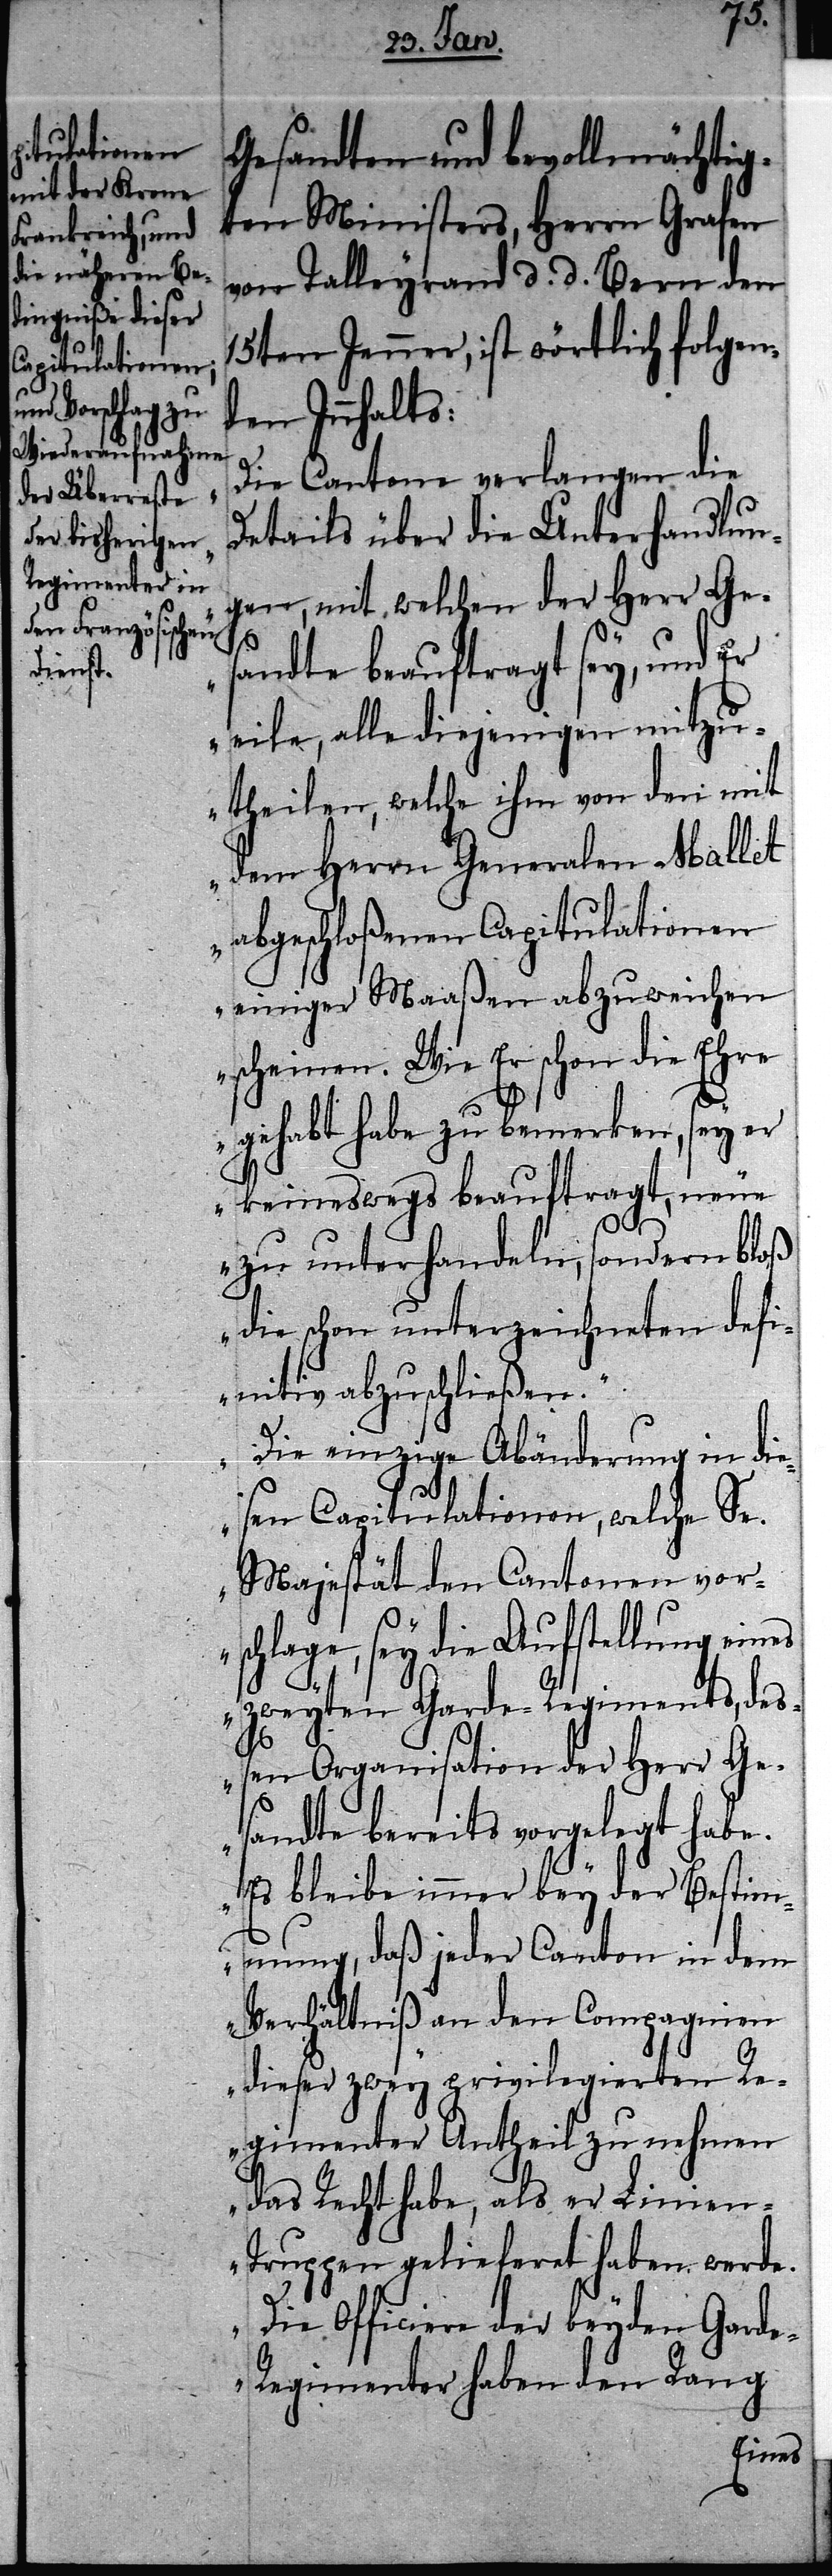
Gesandten und bevollmächtig¬
ten Ministers, Herrn Grafen
von Talleyrand d. d. Bern den
15ten Jenner, ist wörtlich folgen¬
den Innhalts:
„Die Cantone verlangen die
Details über die Unterhandlun¬
gen, mit welchen der Herr Ges¬
andte beauftragt sey, und Er
eile, alle diejenigen mitzu¬
theilen, welche ihm von den mit
dem Herrn Generalen Mallet
abgeschloßenen Capitulationen
einiger Maaßen abzuweichen
scheinen. Wie Er schon die Ehre
gehabt habe zu bemerken, sey er
keineswegs beauftragt, neue
zu unterhandeln, sondern bloß
die schon unterzeichneten defi¬
nitiv abzuschließen.“
„Die einzige Abänderung in die¬
sen Capitulationen, welche Se.
Majestät den Cantonen vors¬
chlage, sey die Aufstellung eines
zweyten Garde-Regiments, deß¬
en Organisation der Herr Ge¬
sandte bereits vorgelegt habe.
Es bleibe immer bey der Bestim¬
mung, daß jeder Canton in dem
Verhältniß an den Compagnien
dieser zwey privilegierten Re¬
gimenter Antheil zu nehmen
das Recht habe, als er Linie¬
n-Truppen gelieferet haben werde.
Die Officiere der beyden Gard¬
e-Regimenter haben den Rang